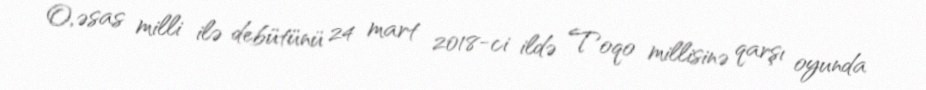
O, əsas milli ilə debütünü 24 mart 2018-ci ildə Toqo millisinə qarşı oyunda